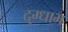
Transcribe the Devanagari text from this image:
दुग्धाभ